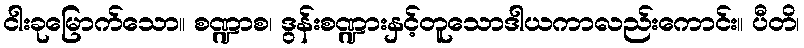
ငါးခုမြောက်သော။ စဏ္ဍာစ၊ ဒွန်းစဏ္ဍားနှင့်တူသောဒါယကာလည်းကောင်း။ ပီတိ၊